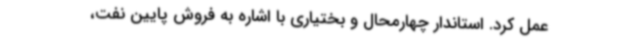
عمل کرد. استاندار چهارمحال و بختیاری با اشاره به فروش پایین نفت،